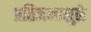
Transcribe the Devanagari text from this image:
प्रतिजनामुळे